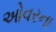
ઓવરના